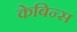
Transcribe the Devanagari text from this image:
केबिन्स